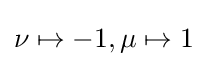
\nu \mapsto -1,\mu \mapsto 1